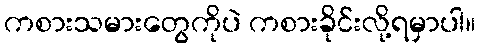
ကစားသမားတွေကိုပဲ ကစားခိုင်းလို့ရမှာပါ။